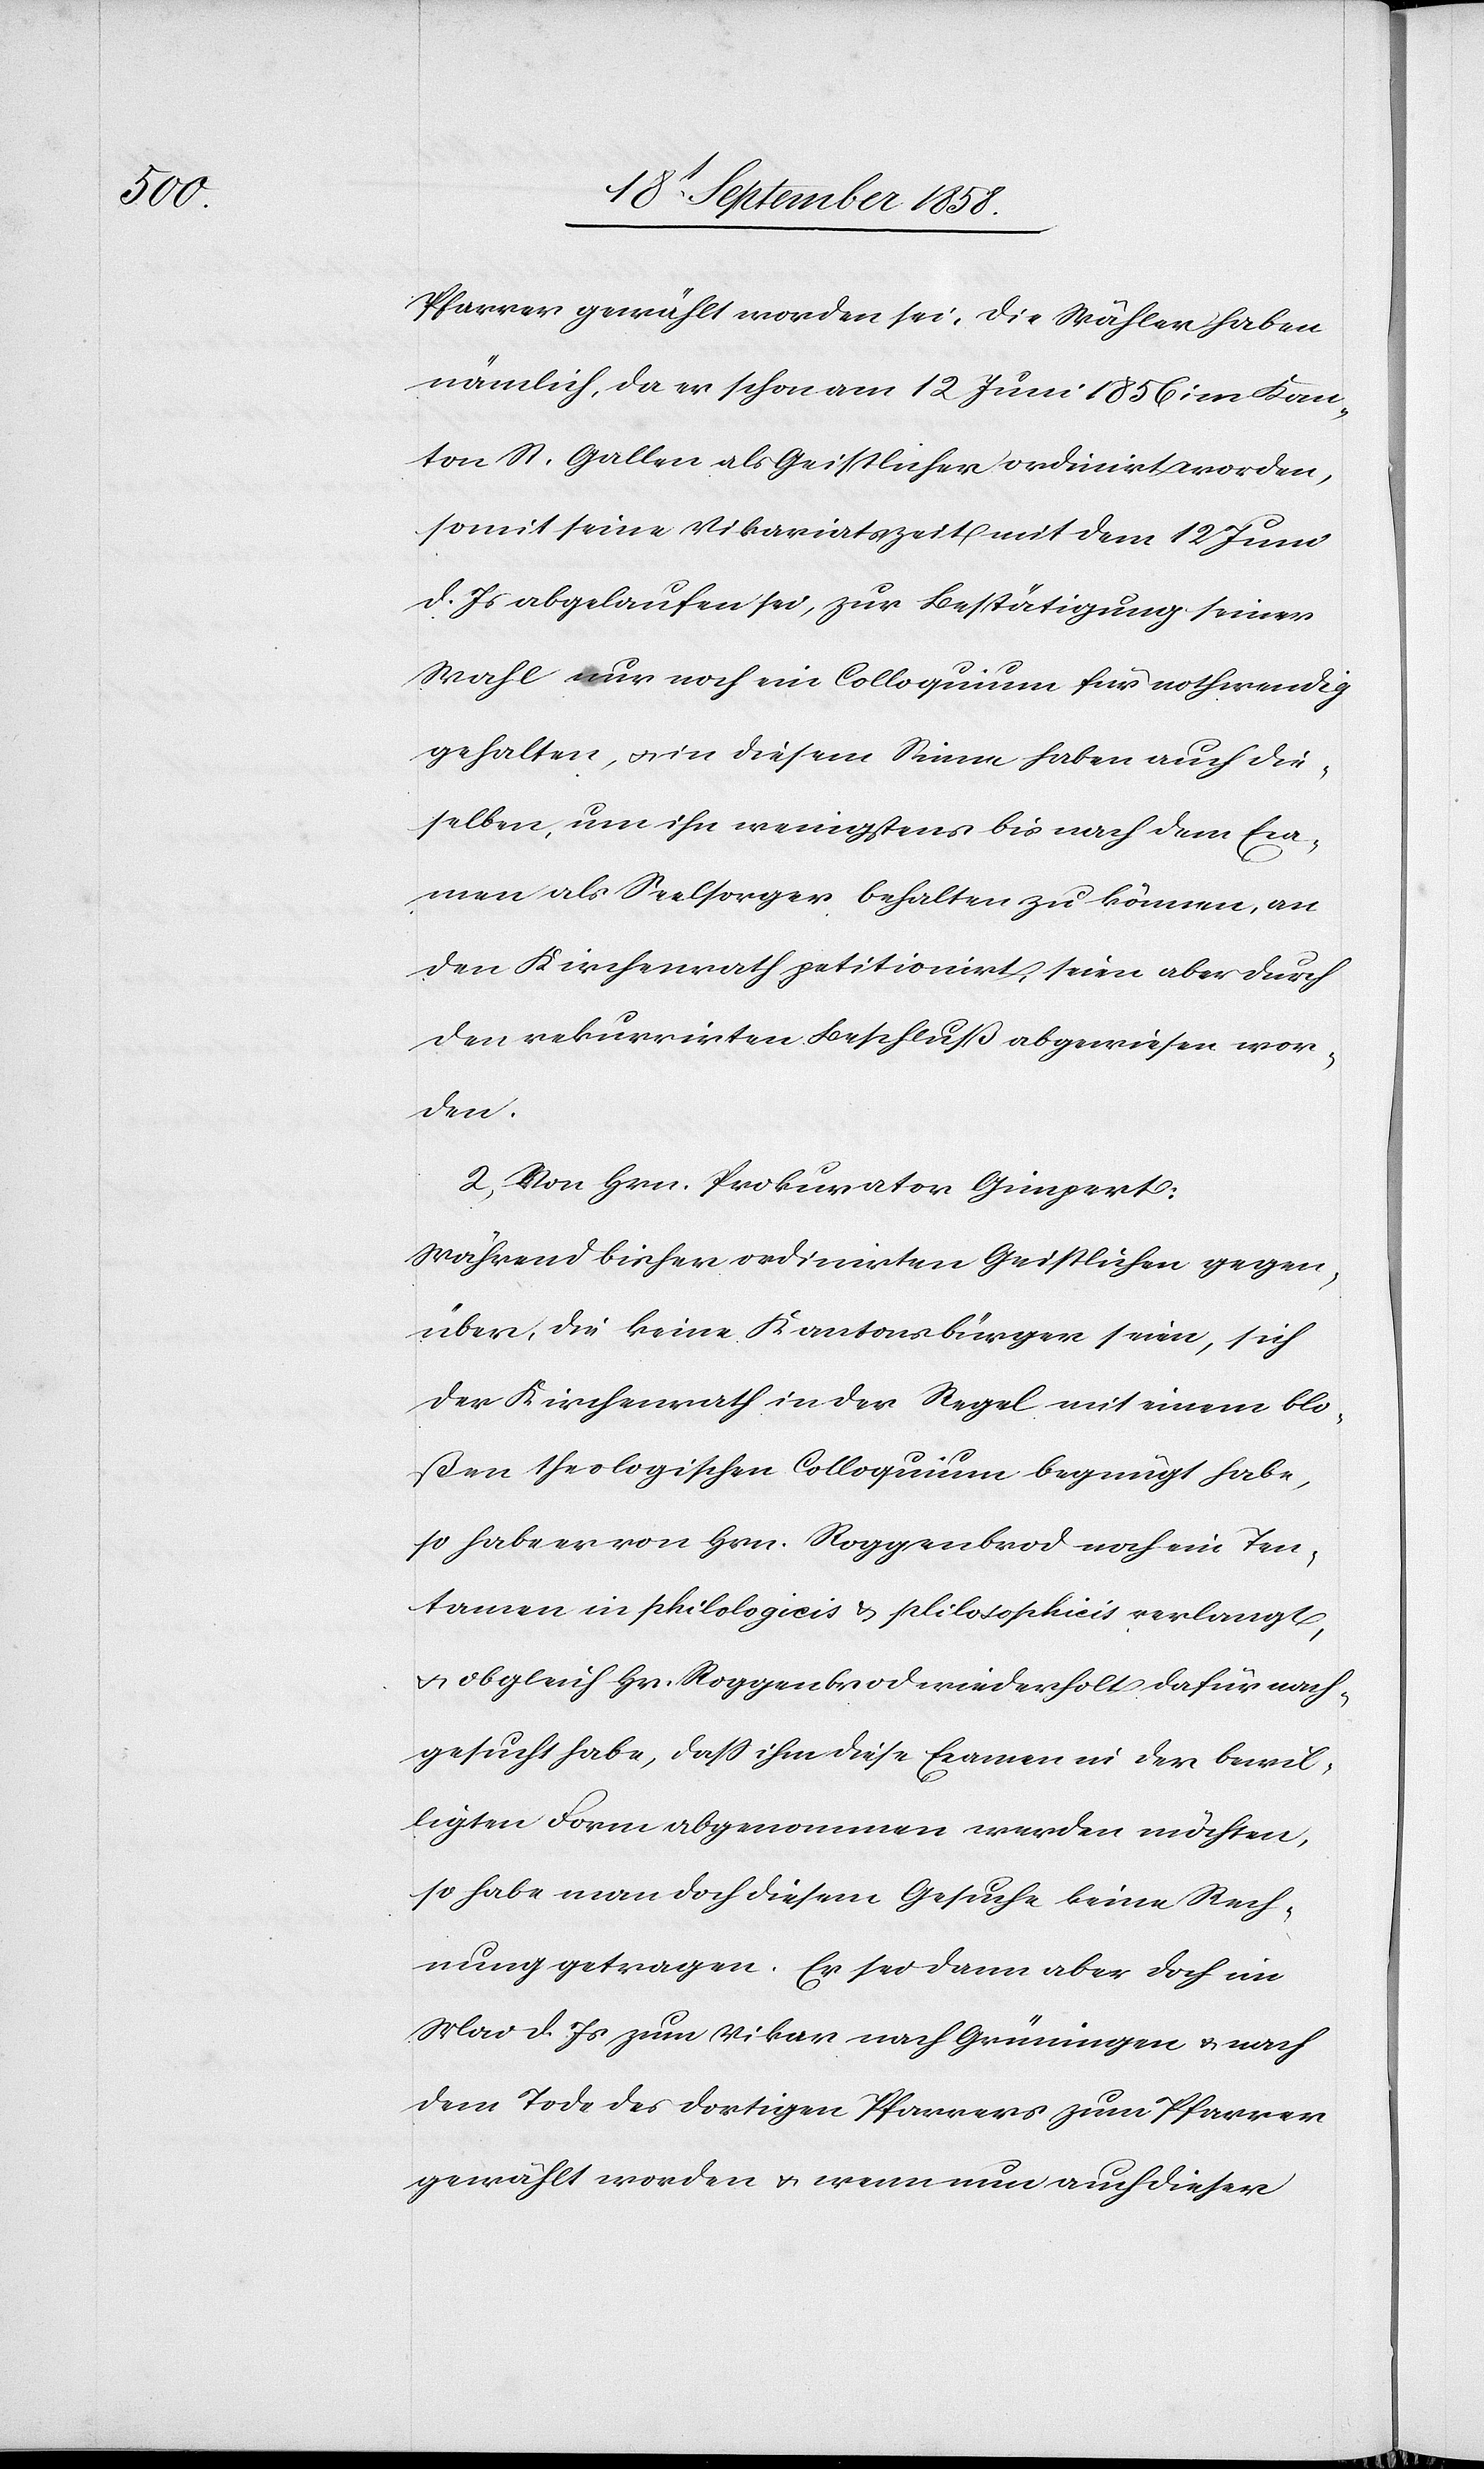
Pfarrer gewählt worden sei. Die Wähler haben
nämlich, da er schon am 12 Juni 1856 im Kan¬
ton St. Gallen als Geistlicher ordinirt worden,
somit seine Vikariatszeit mit dem 12 Juni
d. Js abgelaufen sei, zur Bestätigung seiner
Wahl nur noch ein Colloquium für nothwendig
gehalten, & in diesem Sinne haben auch die¬
selben, um ihn wenigstens bis nach dem Exa¬
men als Seelsorger behalten zu können, an
den Kirchenrath petitionirt, seien aber durch
den rekurrirten Beschluß abgewiesen wor¬
den.
2. Von Hrn. Prokurator Gimpert:
Während bisher ordinirten Geistlichen gegen¬
über, die keine Kantonsbürger seien, sich
der Kirchenrath in der Regel mit einem blo¬
ßen theologischen Colloquium begnügt habe,
so habe er von Hrn. Roggenbrod noch ein Ten¬
tamen in philologicis & plilosophicis [sic!] verlangt,
& obgleich Hr. Roggenbrod wiederholt dafür nach¬
gesucht habe, dass ihm diese Examen in der bewil¬
ligten Form abgenommen werden möchten,
so habe man doch diesem Gesuche keine Rech¬
nung getragen. Er sei dann aber doch im
Mai d. Js zum Vikar nach Grüningen & nach
dem Tode des dortigen Pfarrers zum Pfarrer
gewählt worden & wenn nun auch dieser